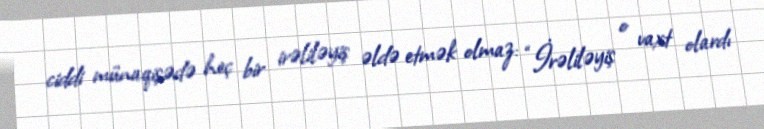
ciddi münaqişədə heç bir irəliləyiş əldə etmək olmaz: “İrəliləyiş o vaxt olardı